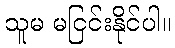
သူမ မငြင်းနိုင်ပါ။